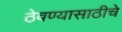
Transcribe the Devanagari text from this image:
ठेवण्यासाठीचे